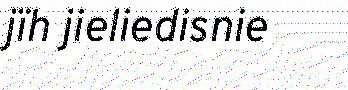
jïh jieliedisnie